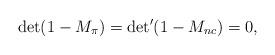
LaTeX: \begin{align*}{\det(1-M_\pi)= {\det}'(1-M_{nc}) = 0,}\end{align*}